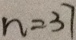
n = 3 7